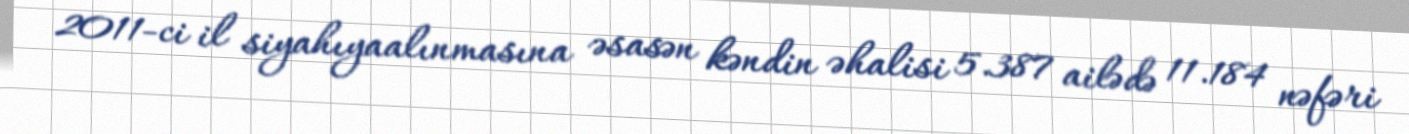
2011-ci il siyahıyaalınmasına əsasən kəndin əhalisi 5.387 ailədə 11.184 nəfəri